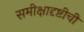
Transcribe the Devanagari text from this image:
समीक्षादृष्टीची